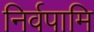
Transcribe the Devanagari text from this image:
निर्वपामि